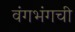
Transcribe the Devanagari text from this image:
वंगभंगची